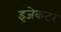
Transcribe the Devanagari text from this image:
इजेकटर